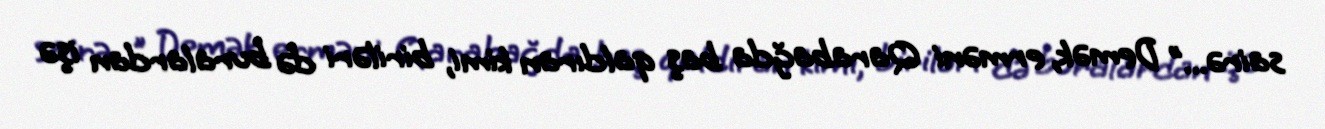
sairə...” Demək, erməni Qarabağda baş qaldıran kimi, biriləri də buralardan işə